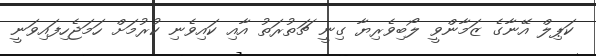
ކަޕިލް އޭނާގެ ޒަމާންވީ ލޯބިވެރިޔާ ގިނީ ޗަތުރަތު އާއި ކައިވެނި ކުރުމަށް ހަމަޖެހިފައިވަނީ